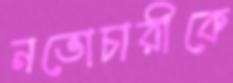
নভোচারীকে